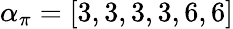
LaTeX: \alpha_{\pi}=[3,3,3,3,6,6]